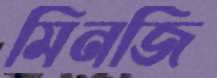
মিনজি